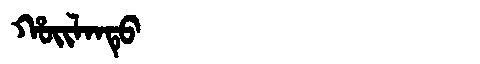
Manchu: ᡥᠣᡳᠯᠠᠨᡨᡠ
Romanization: HOILANTU